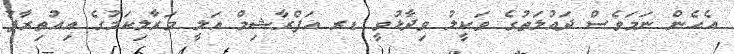
އެހެން ނަމަވެސް ދައުލަތުގެ ވަކީލު ވިދާޅުވީ ޑރ އަފްރާޝިމް އަލީ މަރާލިކަމުގެ އިއުތިރާފު